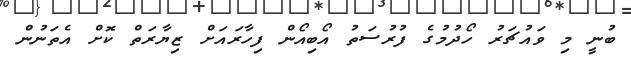
ބުނީ މި ވައުޗަރު ހޯދުމުގެ ފުރުސަތު އޯބިއޯން ފިހާރައަށް ޒިޔާރަތް ކޮށް އެތަނުން